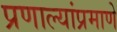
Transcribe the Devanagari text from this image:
प्रणाल्यांप्रमाणे